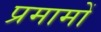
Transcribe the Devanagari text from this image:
प्रमामों